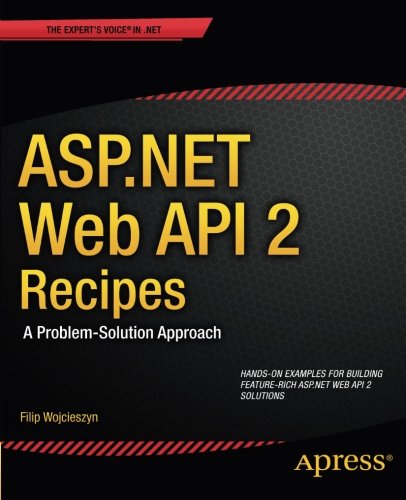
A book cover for ASP.NET Web API 2 Recipes: A Problem-Solution Approach; Filip Wojcieszyn; Computers & Technology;